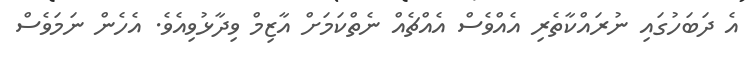
އެ ދަބަހުގައި ނުރައްކާތެރި އެއްވެސް އެއްޗެއް ނެތްކަމަށް އާޒިމް ވިދާޅުވިއެވެ. އެހެން ނަމަވެސް